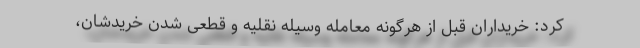
کرد: خریداران قبل از هرگونه معامله وسیله نقلیه و قطعی شدن خریدشان،